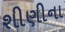
શીણીના